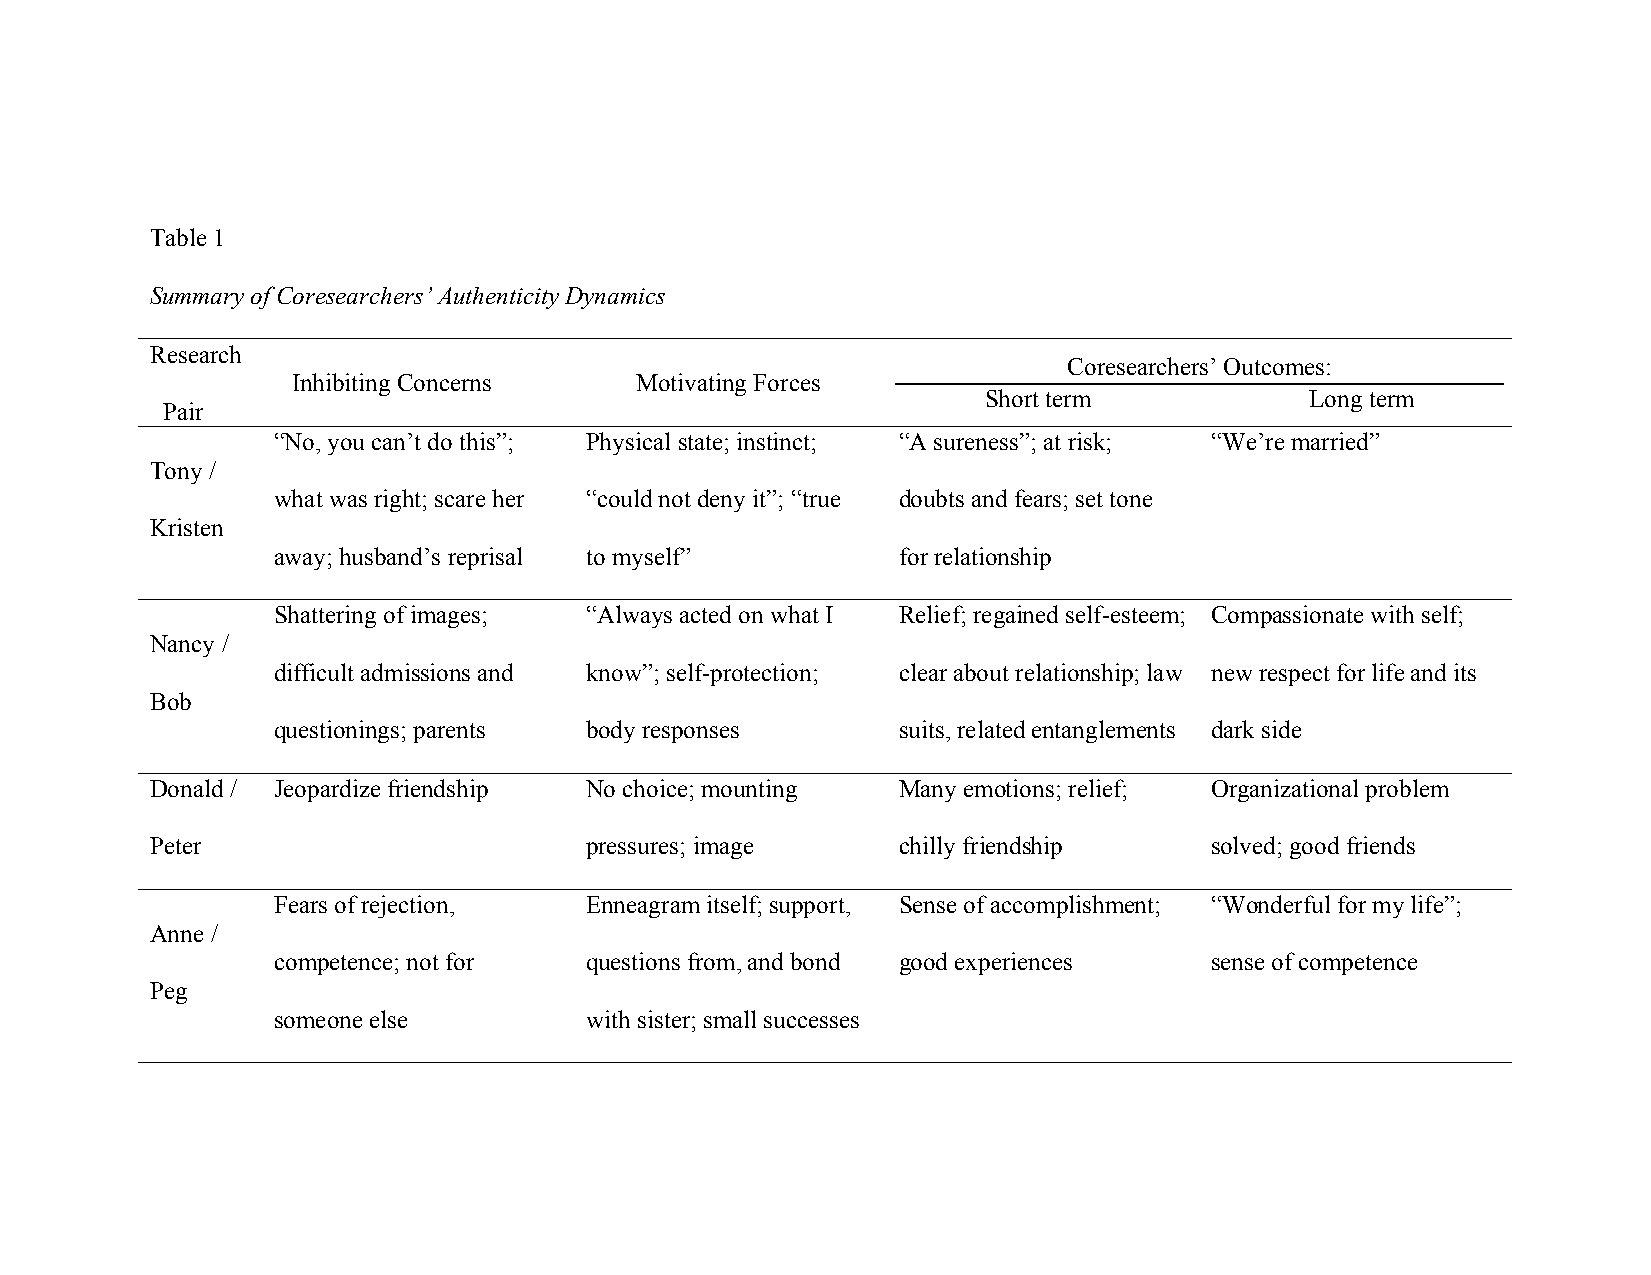
Table 1
 Summary of Coresearchers’ Authenticity Dynamics
 Research
 Coresearchers’ Outcomes:
 Inhibiting Concerns    Motivating Forces
 Short term            Long term
 Pair
 “No, you can’t do this”; Physical state; instinct; “A sureness”; at risk; “We’re married”
 Tony /
 what was right; scare her “could not deny it”; “true doubts and fears; set tone
 Kristen
 away; husband’s reprisal to myself”      for relationship
 Shattering of images; “Always acted on what I Relief; regained self-esteem; Compassionate with self;
 Nancy /
 difficult admissions and know”; self-protection; clear about relationship; law new respect for life and its
 Bob
 questionings; parents body responses     suits, related entanglements dark side
 Donald / Jeopardize friendship No choice; mounting Many emotions; relief; Organizational problem
 Peter                        pressures; image    chilly friendship    solved; good friends
 Fears of rejection,  Enneagram itself; support, Sense of accomplishment; “Wonderful for my life”;
 Anne /
 competence; not for  questions from, and bond good experiences sense of competence
 Peg
 someone else         with sister; small successes